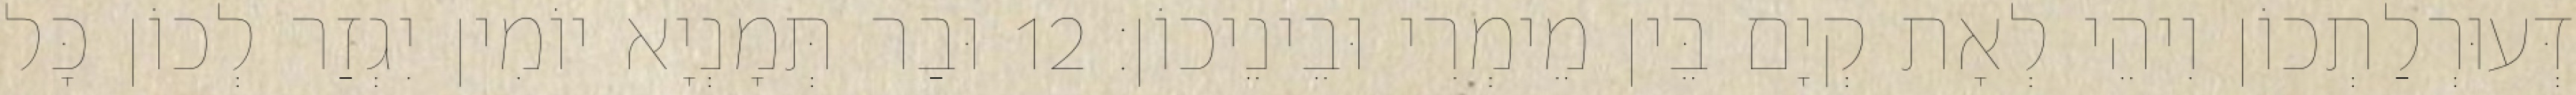
דְּעוּרְלַתְכוֹן וִיהֵי לְאָת קְיָם בֵּין מֵימְרִי וּבֵינֵיכוֹן׃ 12 וּבַר תְּמָנְיָא יוֹמִין יִגְזַר לְכוֹן כָּל